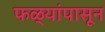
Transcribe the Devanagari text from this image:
फळ्यांपासून